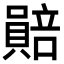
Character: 𧷯